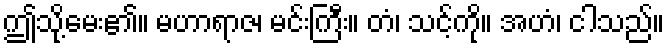
ဤသို့မေး၏။ မဟာရာဇ၊ မင်းကြီး။ တံ၊ သင့်ကို။ အဟံ၊ ငါသည်။